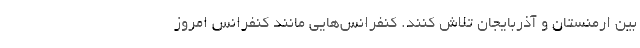
بین ارمنستان و آذربایجان تلاش کنند. کنفرانس‌هایی مانند کنفرانس امروز